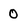
Character: 0